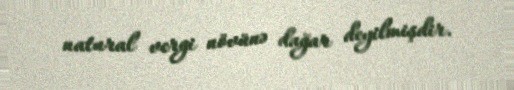
natural vergi növünə dağar deyilmişdir.